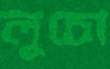
লুচো